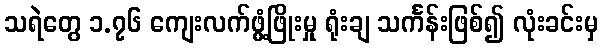
သရဲတွေ ၁.၇၆ ကျေးလက်ဖွံ့ဖြိုးမှု ရုံးချ သင်္ကန်းဖြစ်၍ လုံးခင်းမှ